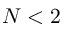
N < 2